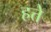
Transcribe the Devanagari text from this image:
हत्ते